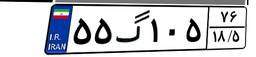
۵۵گ۱۰۵۷۶